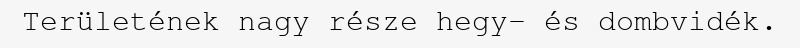
Területének nagy része hegy- és dombvidék.